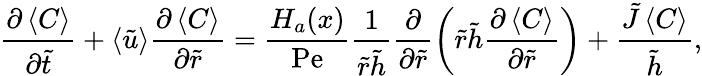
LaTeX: \frac{\partial\left\langle C\right\rangle}{\partial\tilde{t}}+\left\langle\tilde{u}\right\rangle\frac{\partial\left\langle C\right\rangle}{\partial\tilde{r}}=\frac{H_{a}(x)}{\mathrm{Pe}}\frac{1}{\tilde{r}\tilde{h}}\frac{\partial}{\partial\tilde{r}}\left(\tilde{r}\tilde{h}\frac{\partial\left\langle C\right\rangle}{\partial\tilde{r}}\right)+\frac{\tilde{J}\left\langle C\right\rangle}{\tilde{h}},